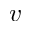
v